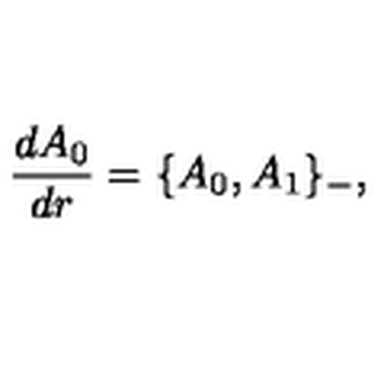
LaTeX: \frac { d A _ { 0 } } { d r } = \{ A _ { 0 } , A _ { 1 } \} _ { - } ,